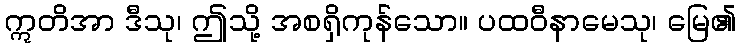
ဣတိအာ ဒီသု၊ ဤသို့ အစရှိကုန်သော။ ပထဝီနာမေသု၊ မြေ၏